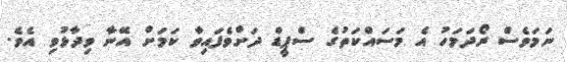
ނަމަވެސް ރޯދަމަހު އެ މަސައްކަތުގެ ސްޕީޑް ދަށްވެފައިވާ ކަމަށް އޭނާ ވިދާޅުވި އެވެ.